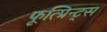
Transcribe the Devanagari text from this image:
फूत्प्रिन्ट्स